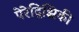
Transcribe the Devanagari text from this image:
पेरेद्विझ्निकी